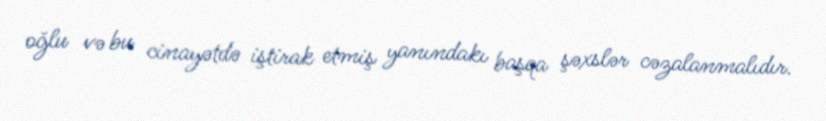
oğlu və bu cinayətdə iştirak etmiş yanındakı başqa şəxslər cəzalanmalıdır.